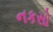
નકસો